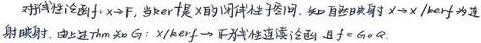
对称性论证$f: X \to Y$, 当 $\ker f$ 是 $X$ 的闭线性子空间. 知存在映射 $\overline{f}: X / \ker f \to Y$ 为逆射映射. 由此 $\exists \pi: X \to X / \ker f$ 为线性连续满射 且 $f = \overline{f} \circ \pi$.